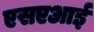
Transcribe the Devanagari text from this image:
एसएआई